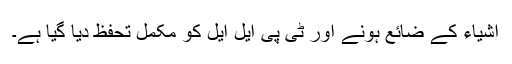
اشیاء کے ضائع ہونے اور ٹی پی ایل ایل کو مکمل تحفظ دیا گیا ہے۔